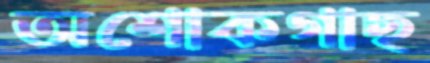
অশোকগাছ